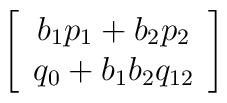
\left[\begin{array}{c}b_1p_1+b_2p_2\\q_0+b_1b_2q_{12}\end{array}\right]